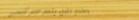
مطعم الأمل يقدم لكم أشهى